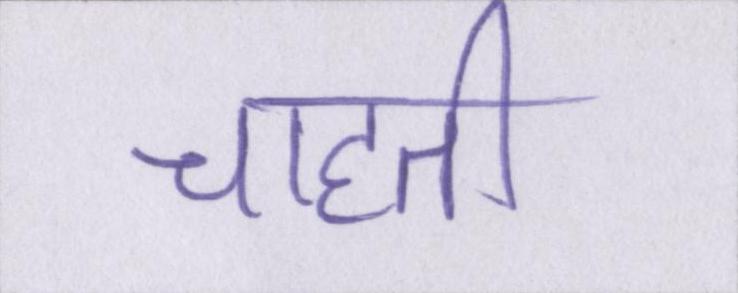
चाहती